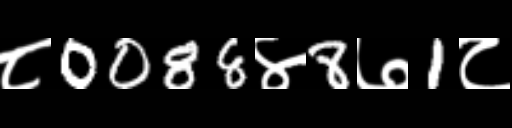
Text: ८0088४8७1८